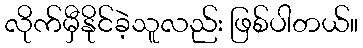
လိုက်မှီနိုင်ခဲ့သူလည်း ဖြစ်ပါတယ်။